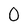
Character: 0